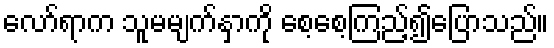
လော်ရာက သူမမျက်နှာကို စေ့စေ့ကြည့်၍ပြောသည်။